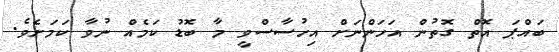
ބައްޕަ އޮތް ގޮތުން އަހަންނަށް އިހުސާސްވީ މާ ބޮޑު ކަމެއް ނުވާ ކަމަށެވެ.